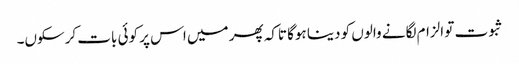
ثبوت تو الزام لگانے والوں کو دینا ہوگا تاکہ پھر میں اس پر کوئی بات کرسکوں۔